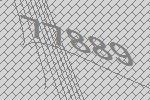
77889